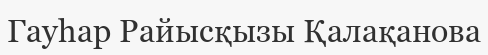
Гауһар Райысқызы Қалақанова